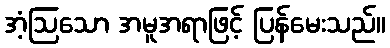
အံ့ဩသော အမူအရာဖြင့် ပြန်မေးသည်။